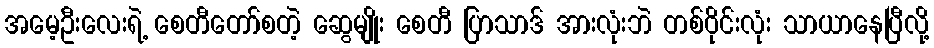
အမေ့ဦးလေးရဲ့ စေတီတော်စတဲ့ ဆွေမျိုး စေတီ ပြာသာဒ် အားလုံးဘဲ တစ်ဝိုင်းလုံး သာယာနေပြီလို့